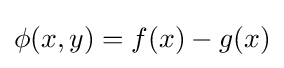
\phi (x,y)=f(x)-g(x)